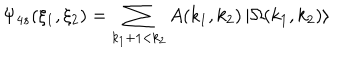
\Psi _ { 4 s } ( \xi _ { 1 } , \xi _ { 2 } ) = \sum _ { k _ { 1 } + 1 < k _ { 2 } } A ( k _ { 1 } , k _ { 2 } ) \left| \Omega ( k _ { 1 } , k _ { 2 } ) \right\rangle